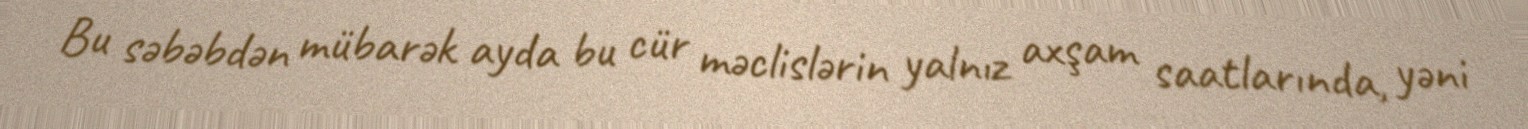
Bu səbəbdən mübarək ayda bu cür məclislərin yalnız axşam saatlarında, yəni